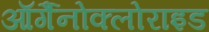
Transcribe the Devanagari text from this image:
ऑर्गैनोक्लोराइड